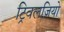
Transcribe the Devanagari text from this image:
ट्रिवलज़ियो